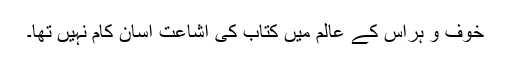
خوف و ہراس کے عالم میں کتاب کی اشاعت آسان کام نہیں تھا۔